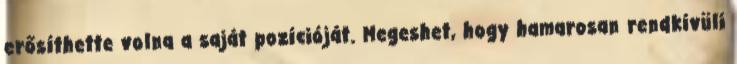
erősíthette volna a saját pozícióját. Megeshet, hogy hamarosan rendkívüli